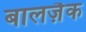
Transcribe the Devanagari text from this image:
बालज़ैक